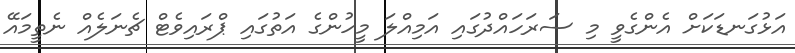
އަޅުގަނޑަކަށް އެންގެވީ މި ސަރަހައްދުގައި އަމިއްލަ މީހުންގެ އަތުގައި ޕްރައިވެޓް ޗެނަލެއް ނެތީމައޭ